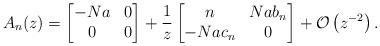
LaTeX: \begin{align*}A_n(z)=\begin{bmatrix}-Na&0 \\0&0\end{bmatrix}+\frac{1}{z}\begin{bmatrix}n&N a b_n \\-N a c_n&0\end{bmatrix}+\mathcal{O}\left(z^{-2}\right).\end{align*}